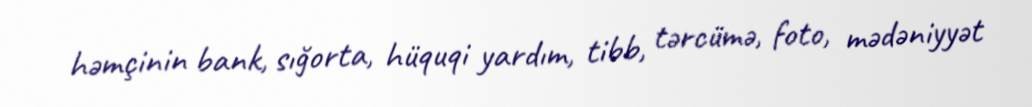
həmçinin bank, sığorta, hüquqi yardım, tibb, tərcümə, foto, mədəniyyət